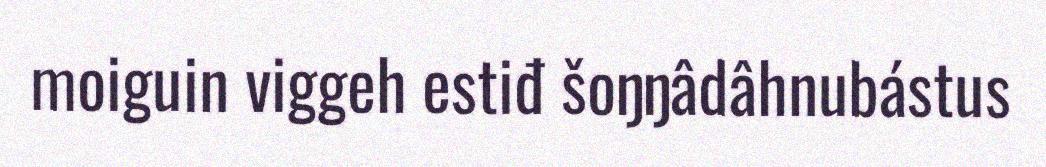
moiguin viggeh estiđ šoŋŋâdâhnubástus